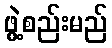
ဖွဲ့စည်းမည်